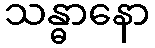
သန္ဓာနော